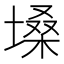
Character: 𪤌